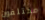
مختلفون